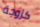
كزوجة